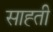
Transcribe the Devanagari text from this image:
साह्ती